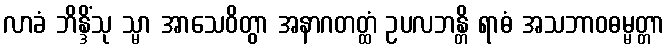
လာခံ ဘိန္ဒိံသု သ္မာ အာသေဝိတွာ အနာဂတတ္ထံ ဥပလဘန္တိ ရာဓံ အသဘာဝဓမ္မတ္တာ